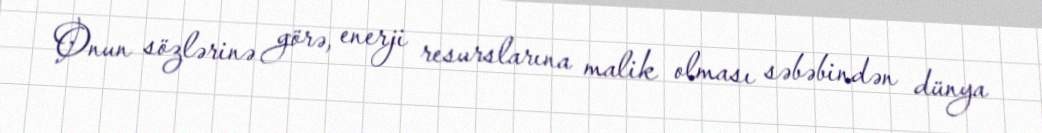
Onun sözlərinə görə, enerji resurslarına malik olması səbəbindən dünya